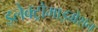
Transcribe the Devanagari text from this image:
इलेक्ट्रोमाइग्रेशन